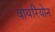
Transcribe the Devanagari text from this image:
वायरियोन